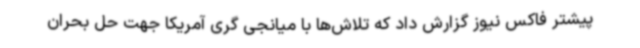
پیشتر فاکس نیوز گزارش داد که تلاش‌ها با میانجی گری آمریکا جهت حل بحران